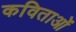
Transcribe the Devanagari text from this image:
कविताओंं